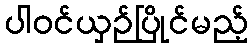
ပါဝင်ယှဉ်ပြိုင်မည့်